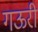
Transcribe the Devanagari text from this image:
गऊरी